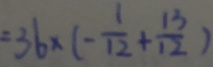
= 3 6 \times ( - \frac { 1 } { 1 2 } + \frac { 1 3 } { 1 2 } )